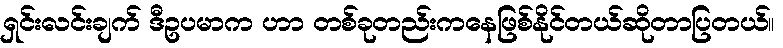
ရှင်းလင်းချက် ဒီဥပမာက ဟာ တစ်ခုတည်းကနေဖြစ်နိုင်တယ်ဆိုတာပြတယ်။